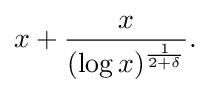
{\displaystyle x+{\frac {x}{(\log {x})^{\frac {1}{2+\delta }}}}.}